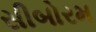
સીબોરમ